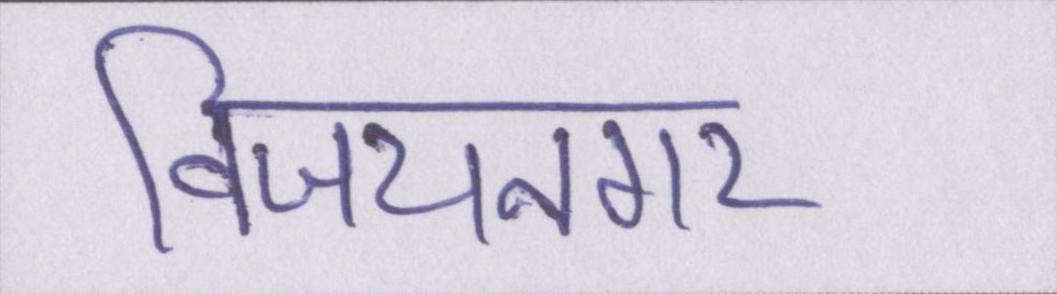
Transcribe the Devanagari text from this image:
विजयनगर